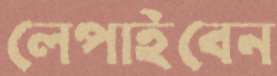
লেপাইবেন